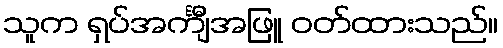
သူက ရှပ်အင်္ကျီအဖြူ ဝတ်ထားသည်။